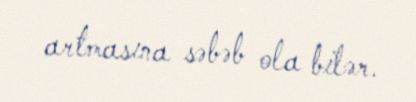
artmasına səbəb ola bilər.